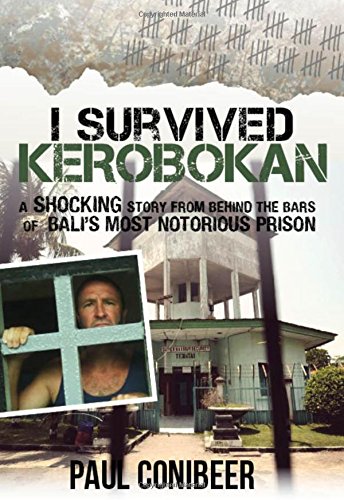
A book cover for I Survived Kerobokan: A shocking story from behind the bars of Bali's most notorious prison; Paul Conibeer; Biographies & Memoirs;